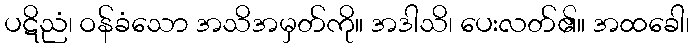
ပဋိညံ၊ ဝန်ခံသော အသိအမှတ်ကို။ အဒါသိ၊ ပေးလတ်၏။ အထခေါ၊